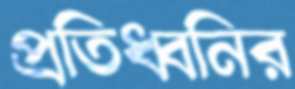
প্রতিধ্বনির